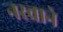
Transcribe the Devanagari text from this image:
नरवाने